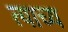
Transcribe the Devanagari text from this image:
त्याच्य